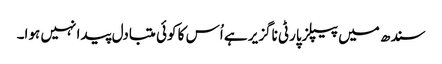
سندھ میں پیپلزپارٹی ناگزیر ہے اُس کا کوئی متبادل پیدا نہیں ہوا۔